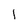
Character: l